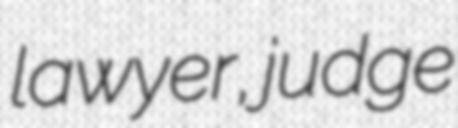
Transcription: lawyer, judge